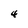
Character: 4